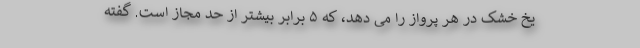
یخ خشک در هر پرواز را می دهد، که ۵ برابر بیشتر از حد مجاز است. گفته